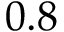
0 . 8